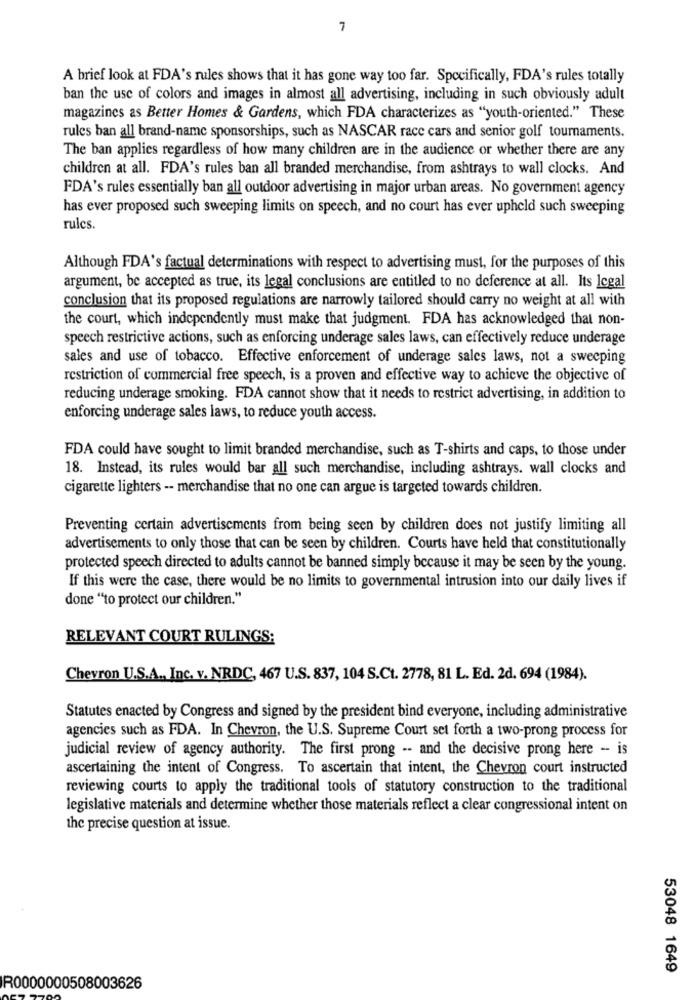
7
A brief look at FDA's rules shows that it has gone way too far. Specifically, FDA's rules totally
ban the use of colors and images in almost all advertising, including in such obviously adult
magazines as Better Homes & Gardens, which FDA characterizes as "youth-oriented." These
rules ban all brand-name sponsorships, such as NASCAR race cars and senior golf tournaments.
The ban applies regardless of how many children are in the audience or whether there are any
children at all. FDA's rules ban all branded merchandise, from ashtrays to wall clocks. And
FDA's rules essentially ban all outdoor advertising in major urban areas. No government agency
has ever proposed such sweeping limits on speech, and no court has ever upheld such sweeping
rules.
Although FDA's factual determinations with respect to advertising must, for the purposes of this
argument, be accepted as true, its legal conclusions are entitled to no deference at all. Its legal
conclusion that its proposed regulations are narrowly tailored should carry no weight at all with
the court, which independently must make that judgment. FDA has acknowledged that non-
speech restrictive actions, such as enforcing underage sales laws, can effectively reduce underage
sales and use of tobacco. Effective enforcement of underage sales laws, not a sweeping
restriction of commercial free speech, is a proven and effective way to achieve the objective of
reducing underage smoking. FDA cannot show that it needs to restrict advertising, in addition to
enforcing underage sales laws, to reduce youth access.
FDA could have sought to limit branded merchandise, such as T-shirts and caps, to those under
18. Instead, its rules would bar all such merchandise, including ashtrays. wall clocks and
cigarette lighters -- merchandise that no one can argue is targeted towards children.
Preventing certain advertisements from being seen by children does not justify limiting all
advertisements to only those that can be seen by children. Courts have held that constitutionally
protected speech directed to adults cannot be banned simply because it may be seen by the young.
If this were the case, there would be no limits to governmental intrusion into our daily lives if
done "to protect our children."
RELEVANT COURT RULINGS:
Chevron U.S.A ., Inc. v. NRDC, 467 U.S. 837, 104 S.Ct. 2778, 81 L. Ed. 2d. 694 (1984).
Statutes enacted by Congress and signed by the president bind everyone, including administrative
agencies such as FDA. In Chevron, the U.S. Supreme Court set forth a two-prong process for
judicial review of agency authority. The first prong -- and the decisive prong here - is
ascertaining the intent of Congress. To ascertain that intent, the Chevron court instructed
reviewing courts to apply the traditional tools of statutory construction to the traditional
legislative materials and determine whether those materials reflect a clear congressional intent on
the precise question at issue.
53048 1649
R0000000508003626